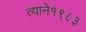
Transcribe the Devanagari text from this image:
त्याने१९८३